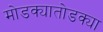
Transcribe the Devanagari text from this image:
मोडक्यातोडक्या